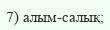
7) алым-салық;